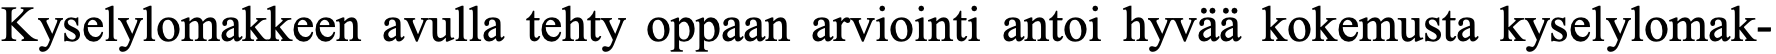
Kyselylomakkeen avulla tehty oppaan arviointi antoi hyvää kokemusta kyselylomak-